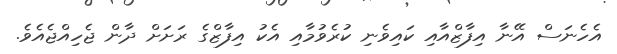
އެހެނަސް އޭނާ އިފާޒްއާއި ކައިވެނި ކުރެވުމާއި އެކު އިފާޒްގެ ރަށަށް ދާން ޖެހިއްޖެއެވެ.